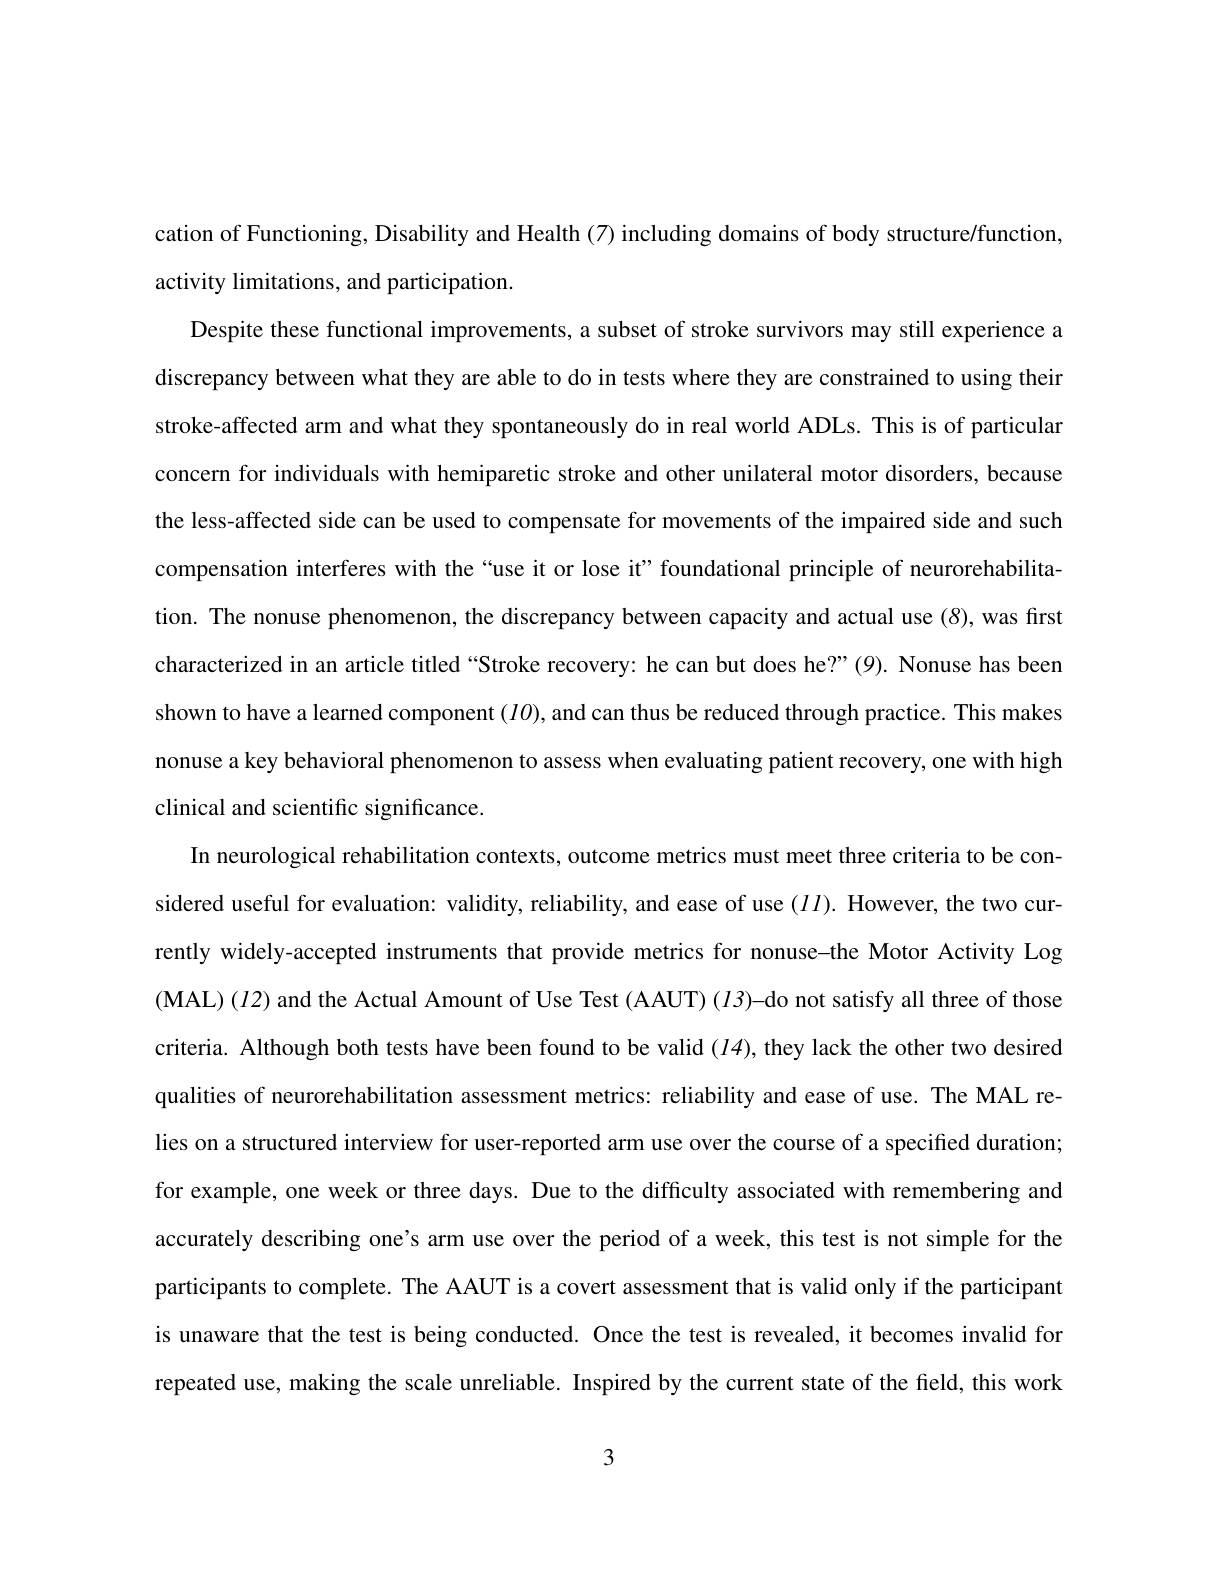
cation of Functioning, Disability and Health (7) including domains of body structure/function.
activity limitations, and participation.
Despite these functional improvements, a subset of stroke survivors may still experience a discrepancy between what they are able to do in tests where they are constrained to using their stroke-affected arm and what they spontaneously do in real world ADLs. This is of particular concern for individuals with hemiparetic stroke and other unilateral motor disorders, because the less-affected side can be used to compensate for movements of the impaired side and such compensation interferes with the“use it or lose it”foundational principle of neurorehabilitation. The nonuse phenomenon, the discrepancy between capacity and actual use (8), was first characterized in an article titled“Stroke recovery: he can but does he?”(9). Nonuse has been shown to have a learned component $(IO)$, and can thus be reduced through practice. This makes nonuse a key behavioral phenomenon to assess when evaluating patient recovery, one with high clinical and scientific significance.
In neurological rehabilitation contexts, outcome metrics must meet three criteria to be considered useful for evaluation: validity, reliability, and ease of use $(II).$ However, the two currently widely-accepted instruments that provide metrics for nonuse-the Motor Activity Log (MAL$) ( I2)$ and the Actual Amount of Use Test (AAUT) (13)-do not satisfy all three of those criteria. Although both tests have been found to be valid ($l4)$, they lack the other two desired qualities of neurorehabilitation assessment metrics: reliability and ease of use. The MAL relies on a structured interview for user-reported arm use over the course of a specified duration; for example, one week or three days. Due to the difficulty associated with remembering and accurately describing one's arm use over the period of a week, this test is not simple for the participants to complete. The AAUT is a covert assessment that is valid only if the participant is unaware that the test is being conducted. Once the test is revealed, it becomes invalid for repeated use, making the scale unreliable. Inspired by the current state of the field, this work

3